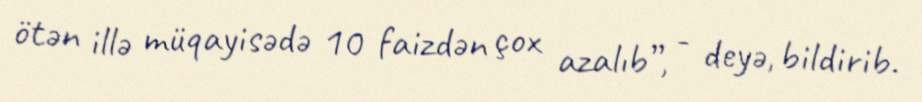
ötən illə müqayisədə 10 faizdən çox azalıb”, - deyə, bildirib.